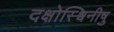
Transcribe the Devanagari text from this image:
दक्षोस्श्विनीषु